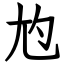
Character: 尥